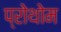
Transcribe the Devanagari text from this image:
प्रोथोम